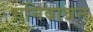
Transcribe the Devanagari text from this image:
मनिवान्नन